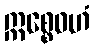
ဣစ္စေဝဟံ